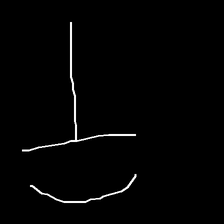
Glyph: dispersion